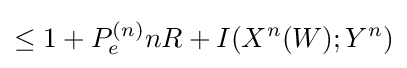
\leq 1+P_{e}^{(n)}nR+I(X^{n}(W);Y^{n})